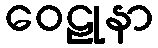
ဝေဠုနာ